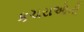
કચરાઓની